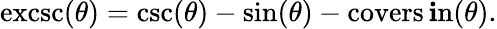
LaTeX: \operatorname{excsc}(\theta)=\csc(\theta)-\sin(\theta)-\operatorname{covers\mathbf{i}n}(\theta).